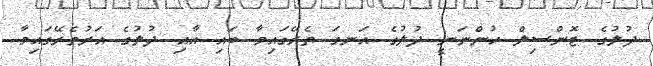
ދުލުގެ ޓޮންސިލް ހުންނަނީ ދުލުގެ އަނގަ ތެރޭގައިވާ ބައި އާއި ދުލުގެ އަރުތެރޭގައިވާ